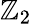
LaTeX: \mathbb{Z}_{2}